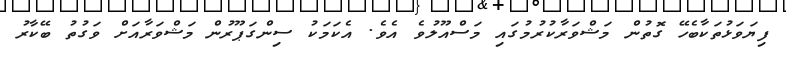
ފިޔަވަޅުތަކާބެހޭ ގޮތުން މަޝްވަރާކުރުމުގައި މަސްއޫލުވެ އެވެ. އެކަމަކު ސިންގަޕޫރުން މަޝްވަރާއަށް ވަގުތު ބޭކާރު